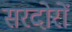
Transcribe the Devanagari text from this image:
सरदोरों